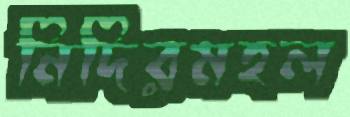
নিদিরমহল